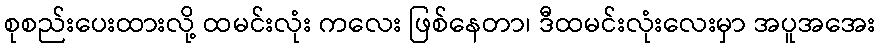
စုစည်းပေးထားလို့ ထမင်းလုံး ကလေး ဖြစ်နေတာ၊ ဒီထမင်းလုံးလေးမှာ အပူအအေး